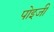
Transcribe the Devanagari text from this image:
पोइजी